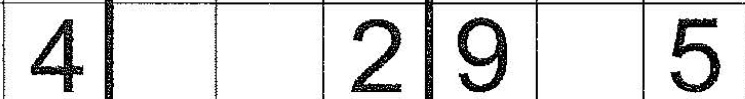
4 2 9 5